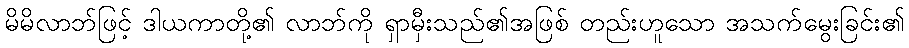
မိမိလာဘ်ဖြင့် ဒါယကာတို့၏ လာဘ်ကို ရှာမှီးသည်၏အဖြစ် တည်းဟူသော အသက်မွေးခြင်း၏